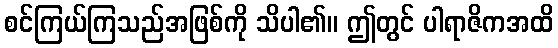
စင်ကြယ်ကြသည်အဖြစ်ကို သိပါ၏။ ဤတွင် ပါရာဇိကအထိ